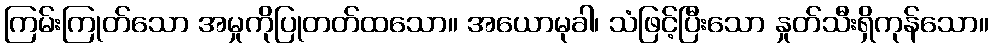
ကြမ်းကြုတ်သော အမှုကိုပြုတတ်ထသော။ အယောမုခါ၊ သံဖြင့်ပြီးသော နှုတ်သီးရှိကုန်သော။